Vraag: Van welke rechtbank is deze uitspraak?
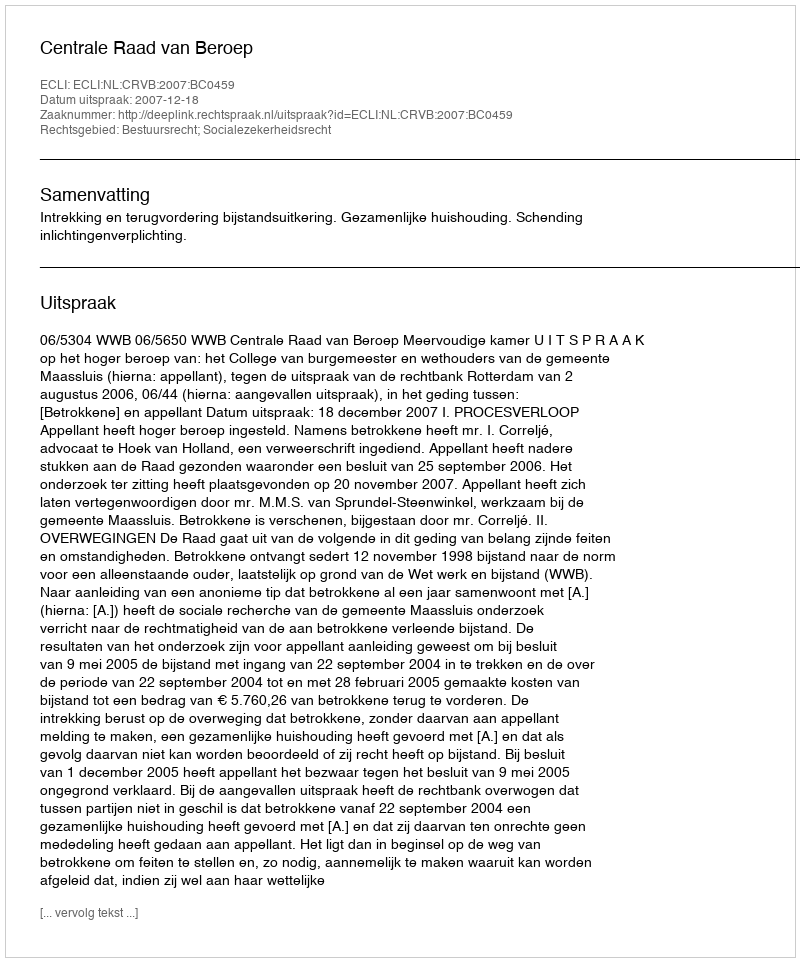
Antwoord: Centrale Raad van Beroep